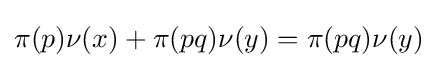
\pi (p)\nu (x)+\pi (pq)\nu (y)=\pi (pq)\nu (y)